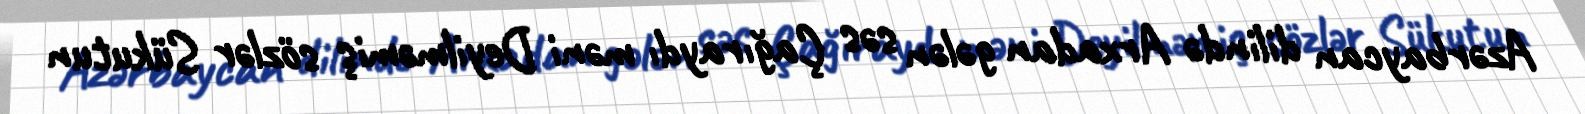
Azərbaycan dilində Arxadan gələn səs Çağıraydı məni Deyilməmiş sözlər Sükutun